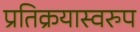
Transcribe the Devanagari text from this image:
प्रतिक्रयास्वरुप